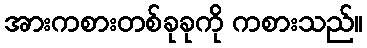
အားကစားတစ်ခုခုကို ကစားသည်။